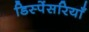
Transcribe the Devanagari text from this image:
डिस्पेंसरियाँ